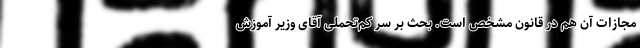
مجازات آن هم در قانون مشخص است. بحث بر سر کم‌تحملی آقای وزیر آموزش